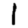
Digit: 1